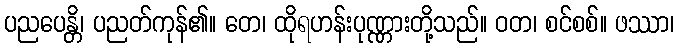
ပညပေန္တိ၊ ပညတ်ကုန်၏။ တေ၊ ထိုရဟန်းပုဏ္ဏားတို့သည်။ ဝတ၊ စင်စစ်။ ဖဿာ၊